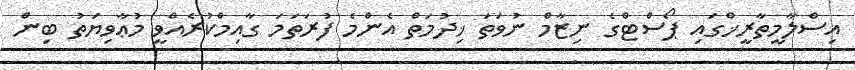
އިސްލާމީތާރީޚްގައި ޕޯސްޓްގެ ނިޒާމް ނުވަތަ ޚިދުމަތް އެންމެ ފުރަތަމަ ގާއިމްކުރެއްވީ މުޢާވިޔަތު ބިން